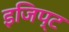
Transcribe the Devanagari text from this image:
इजिप्‍ट